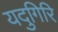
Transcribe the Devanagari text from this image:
यदुगिरि